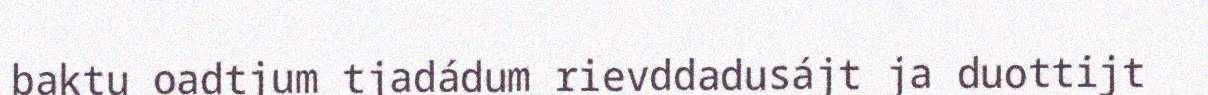
baktu oadtjum tjadádum rievddadusájt ja duottijt